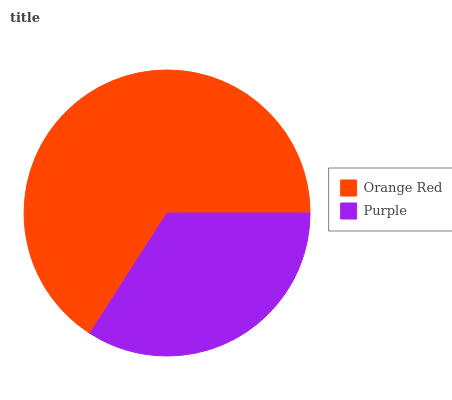
| Orange Red | Purple |
 | --- | --- |
 | 65.9% | 34.1% |